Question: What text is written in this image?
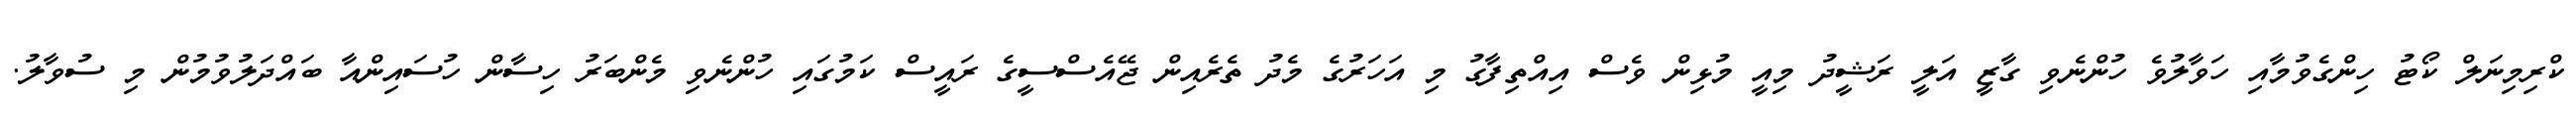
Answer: ކްރިމިނަލް ކޯޓު ހިންގެވުމާއި ހަވާލުވެ ހުންނެވި ގާޒީ އަލީ ރަޝީދު މިއީ މުޅިން ވެސް އިއްތިފާގު މި އަހަރުގެ މެދު ތެރެއިން ޖޭއެސްސީގެ ރައީސް ކަމުގައި ހުންނެވި މެންބަރު ހިސާން ހުސައިންއާ ބައްދަލުވުމުން މި ސުވާލު.